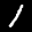
Label: 1